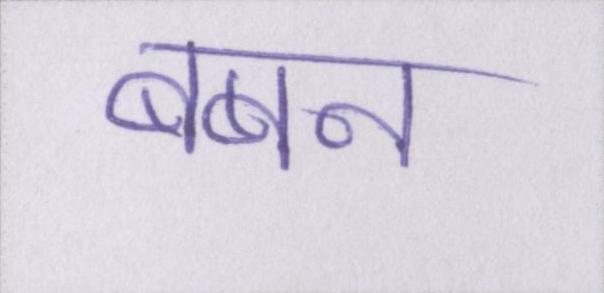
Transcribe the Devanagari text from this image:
बबन